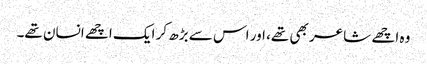
وہ اچھے شاعر بھی تھے، اور اس سے بڑھ کر ایک اچھے انسان تھے۔